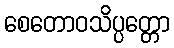
စေတောဝသိပ္ပတ္တော